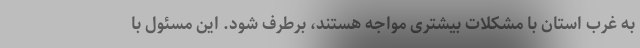
به غرب استان با مشکلات بیشتری مواجه هستند، برطرف شود. این مسئول با